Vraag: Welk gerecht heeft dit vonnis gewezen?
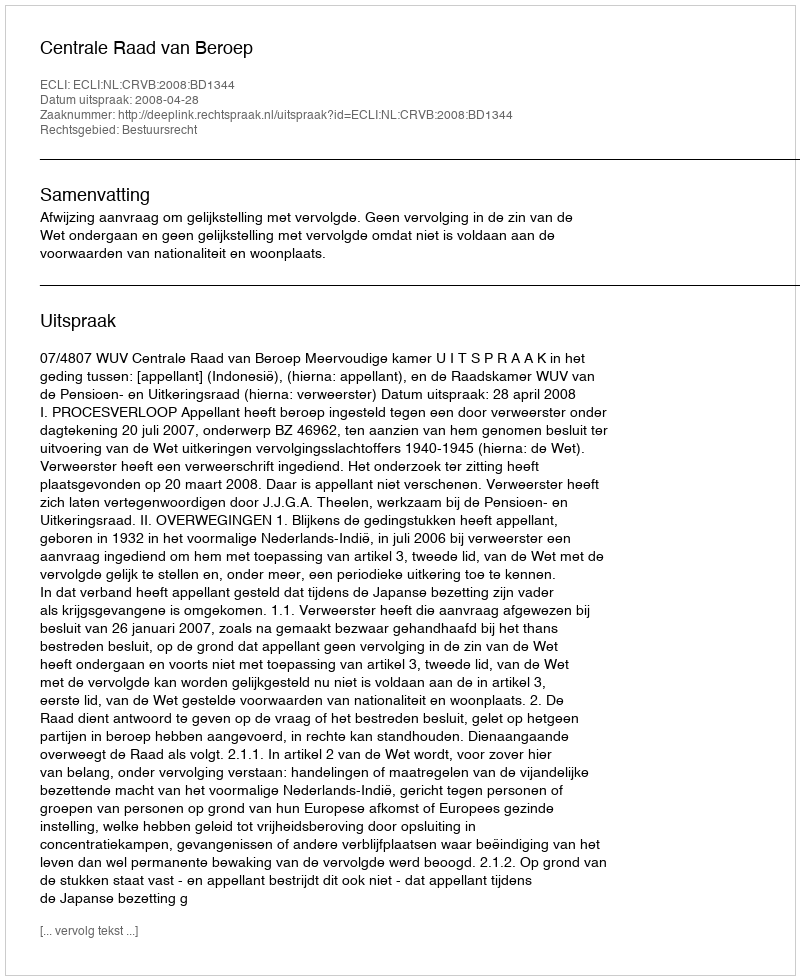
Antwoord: Centrale Raad van Beroep